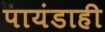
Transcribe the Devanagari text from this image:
पायंडाही